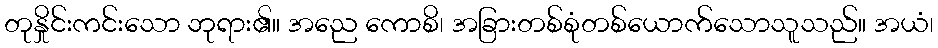
တုနှိုင်းကင်းသော ဘုရား၏။ အညေ ကောစိ၊ အခြားတစ်စုံတစ်ယောက်သောသူသည်။ အယံ၊